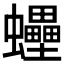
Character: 𧕫